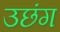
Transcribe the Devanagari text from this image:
उछंग